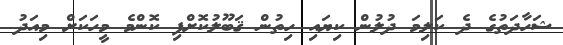
ޝަހާދަތުގެ ދެ ކަލިމަ ދުލުން ކިޔައި ހިތުން ޤަބޫލުކޮށްފި ކޮންމެ މީހަކަށް މިއަދު